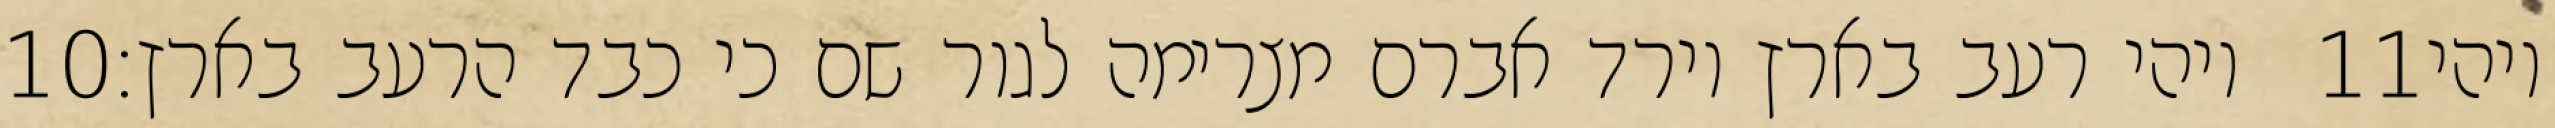
‎10‏ ויהי רעב בארץ וירד אברם מצרימה לגור שם כי כבד הרעב בארץ׃ ‎11‏ ויהי